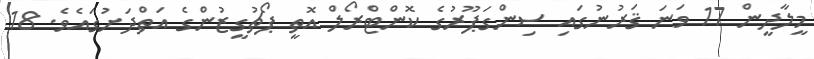
މީލާދީން 17 ވަނަ ޤަރުނުގައި ސިންގަޕޫރުގެ ކޮންޓްރޯލް އޮތީ ޕޯޗުގީޒުންގެ އަތްދަށުގައެވެ. 18